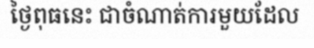
ថ្ងៃពុធនេះ ជាចំណាត់ការមួយដែល